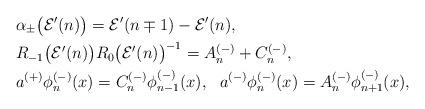
LaTeX: \begin{align*} &\alpha_{\pm}\bigl(\mathcal{E}^{\prime}(n)\bigr) =\mathcal{E}^{\prime}(n\mp 1)-\mathcal{E}^{\prime}(n), \\ &R_{-1}\bigl(\mathcal{E}^{\prime}(n)\bigr) R_0\bigl(\mathcal{E}^{\prime}(n)\bigr)^{-1} =A^{(-)}_n+C^{(-)}_n, \\ &a^{(+)}\phi^{(-)}_n(x)=C^{(-)}_n\phi^{(-)}_{n-1}(x), \ \ a^{(-)}\phi^{(-)}_n(x)=A^{(-)}_n\phi^{(-)}_{n+1}(x), \end{align*}